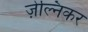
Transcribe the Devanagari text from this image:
ज़ेल्निकर